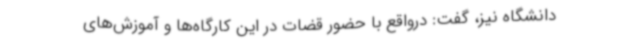
دانشگاه نیز، گفت: درواقع با حضور قضات در این کارگاه‌ها و آموزش‌های